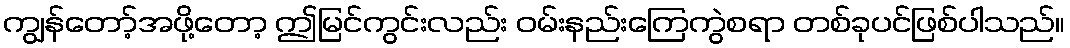
ကျွန်တော့်အဖို့တော့ ဤမြင်ကွင်းလည်း ဝမ်းနည်းကြေကွဲစရာ တစ်ခုပင်ဖြစ်ပါသည်။